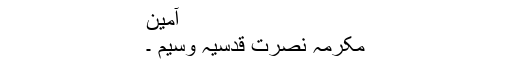
آمین
مکرمہ نصرت قدسیہ وسیم ۔